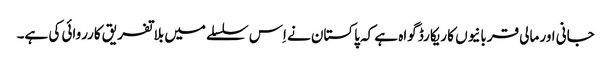
جانی اور مالی قربانیوں کا ریکارڈ گواہ ہے کہ پاکستان نے اِس سلسلے میں بلاتفریق کارروائی کی ہے۔